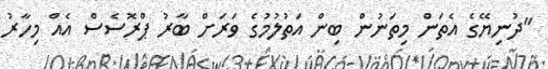
"ދުނިޔޭގެ އެތަން މިތަނުން ބިން އަތުލުމުގެ ވަރަށް ބާރު ޕްރޮސެސް އެއް މިހާރު